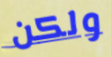
ولكن